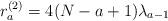
LaTeX: \begin{align*}r_a^{(2)} = 4(N-a+1) \lambda_{a-1}\end{align*}